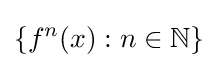
\{f^{n}(x):n\in \mathbb {N} \}